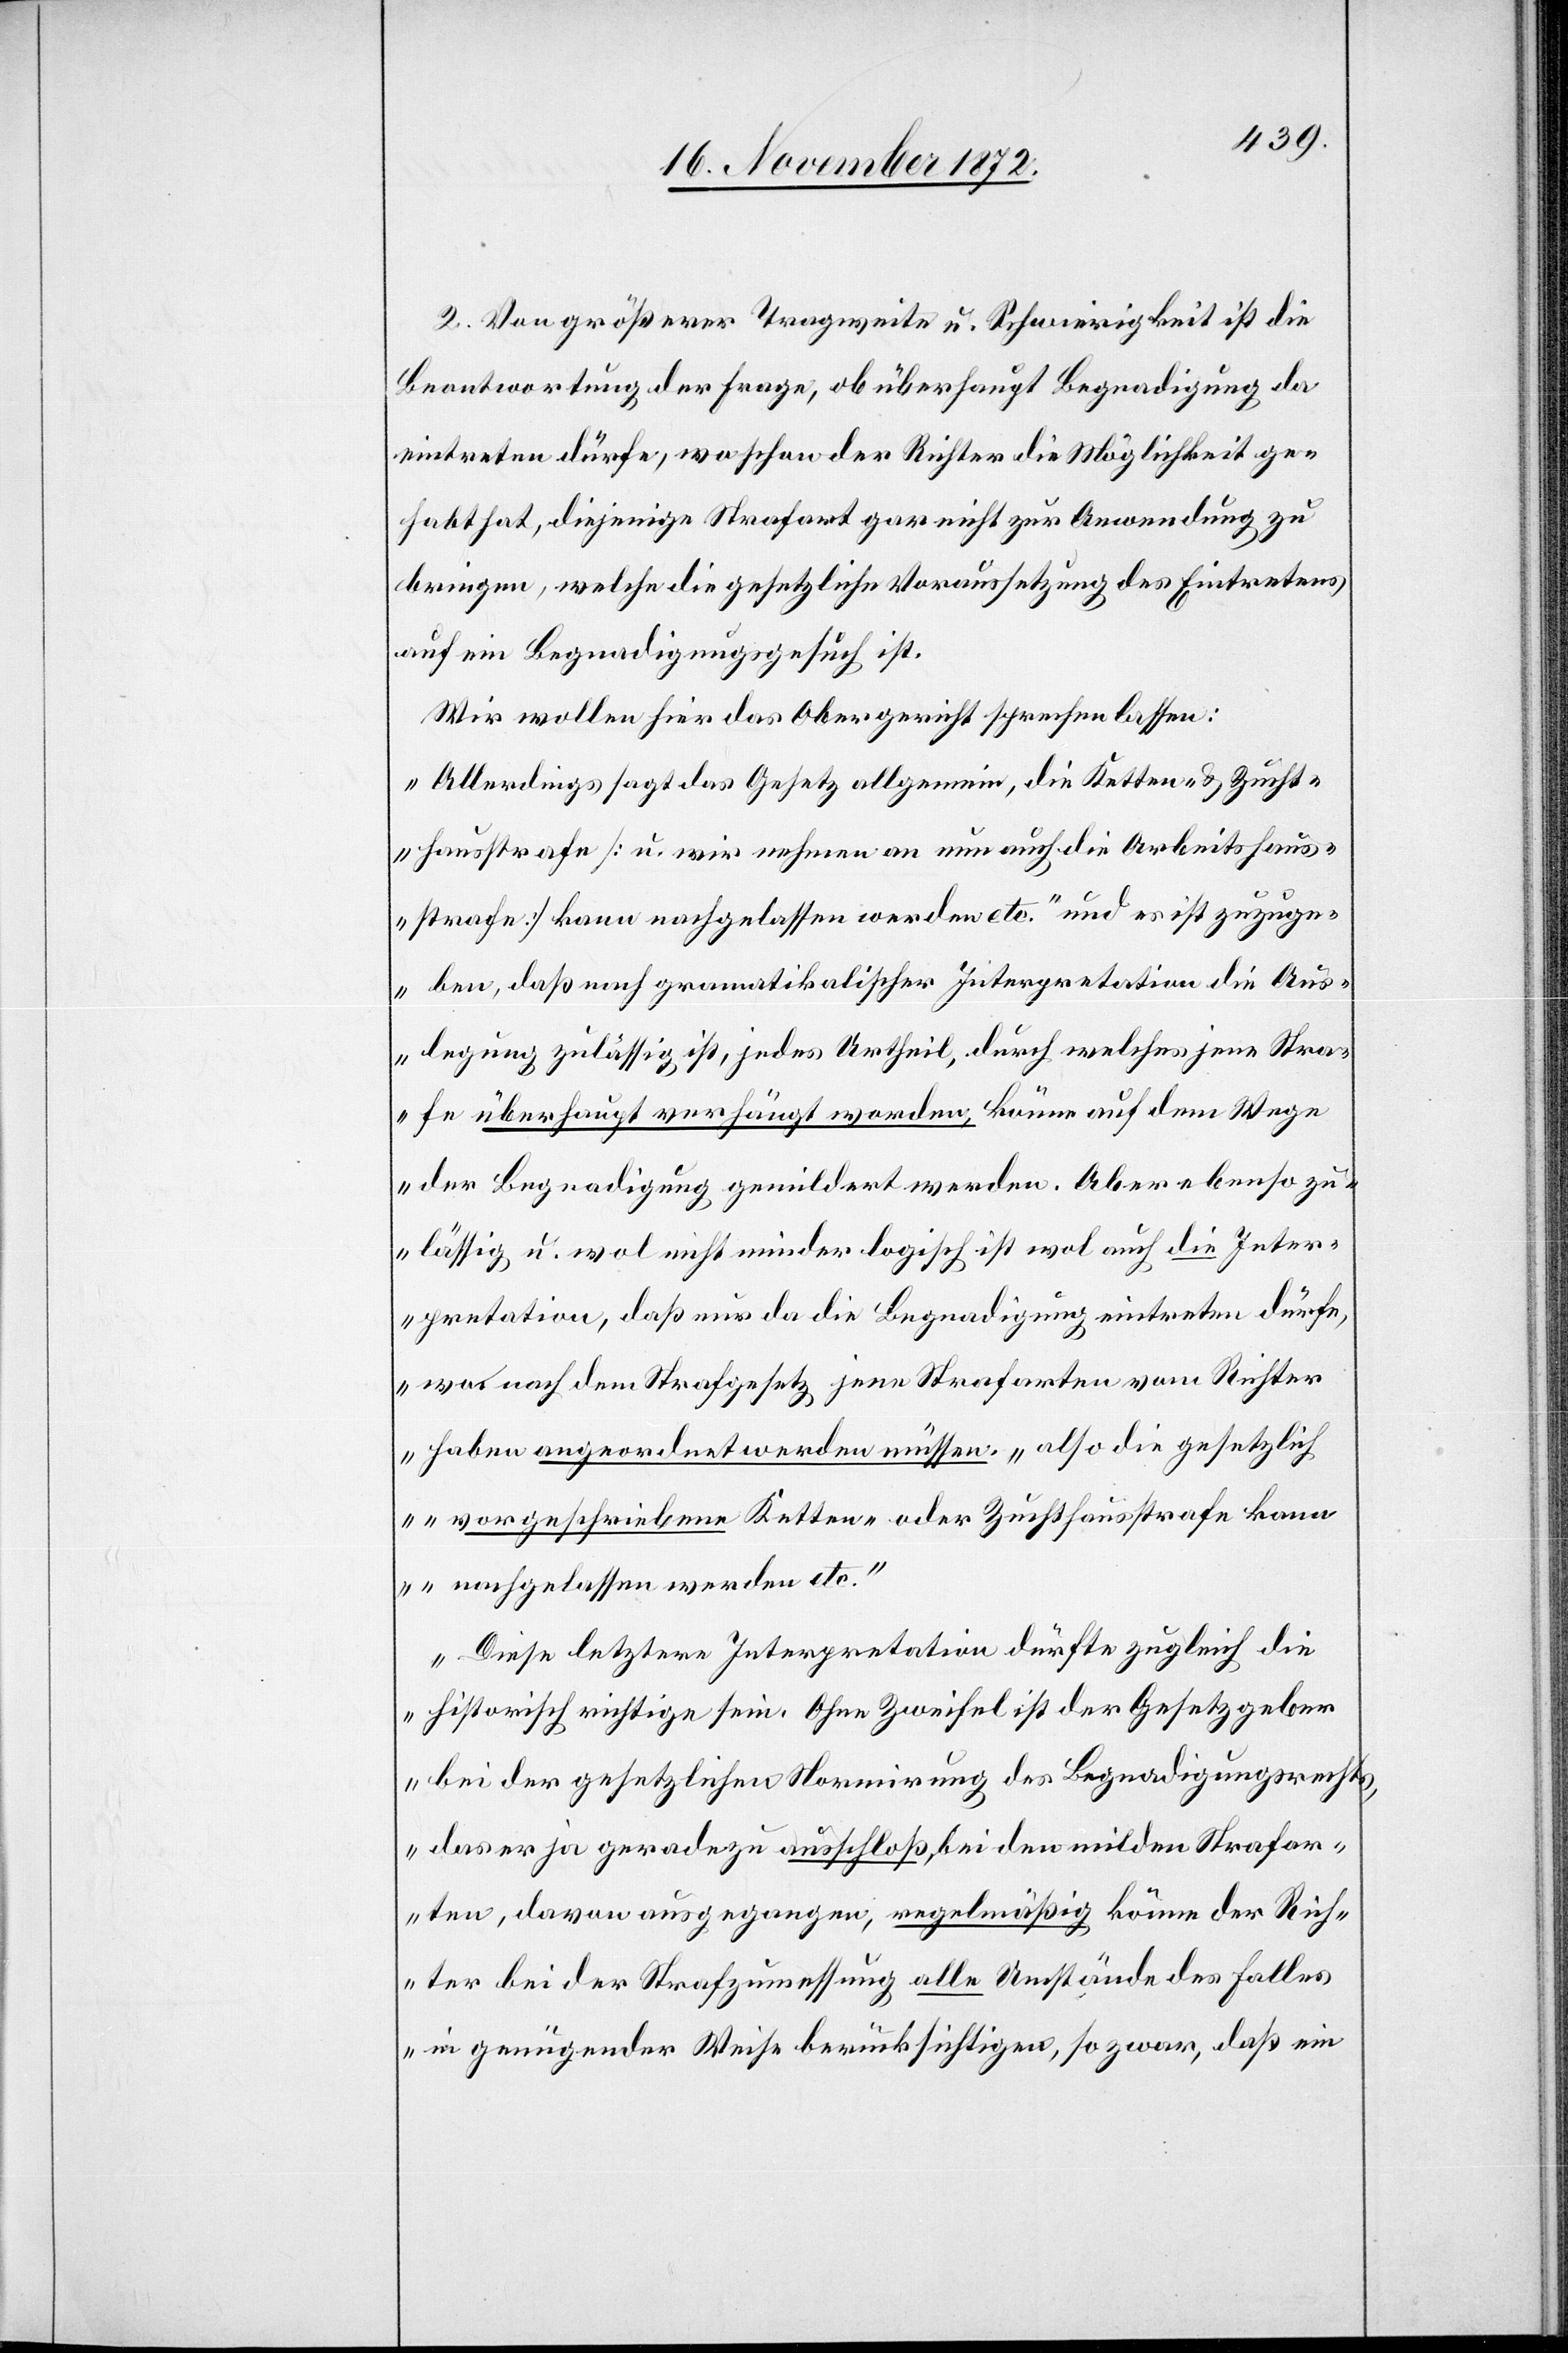
2. Von größerer Tragweite u. Schwierigkeit ist die
Beantwortung der Frage, ob überhaupt Begnadigung da
eintreten dürfe, wo schon der Richter die Möglichkeit ge¬
habt hat, diejenige Strafart gar nicht zur Anwendung zu
bringen, welche die gesetzliche Voraussetzung des Eintretens
auf ein Begnadigungsgesuch ist.
Wir wollen hier das Obergericht sprechen lassen:
„Allerdings sagt das Gesetz allgemein, die Ketten- u. Zucht¬
hausstrafe [u. wir nehmen an nun auch die Arbeitshaus¬
strafe] kann nachgelassen werde etc. und es ist zuzuge¬
ben, daß nach gramatikalischer [sic!] Interpretation die Aus¬
legung zulässig ist, jedes Urtheil, durch welches jene Stra¬
fe überhaupt verhängt worden, könne auf dem Wege
der Begnadigung gemildert werden. Aber ebenso zu¬
lässig u. wol nicht minder logisch ist wol auch die Inter¬
pretation, daß nur da die Begnadigung eintreten dürfe,
wo nach dem Strafgesetz jene Strafarten vom Richter
haben angeordnet werden müssen. „also die gesetzlich
vorgeschriebene Ketten- oder Zuchthausstrafe kan¬
n nachgelassen werden etc.““
„Diese letztere Interpretation dürfte zugleich die
historisch richtige sein. Ohne Zweifel ist der Gesetzgeber
bei der gesetzlichen Normirung des Begnadigungsrechts,
das er ja geradezu ausschloß, bei den milden Strafar¬
ten, davon ausgegangen, regelmäßig könne der Rich¬
ter bei der Strafzumessung alle Umstände des Falles
in genügender Weise berücksichtigen, so zwar, daß ein